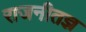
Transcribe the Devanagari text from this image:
राजनीतज्ञ